Annual report of the Bengal Veterinary College and of the Civil Veterinary Department, Bengal, for the year 1917-18 - 1917-1918
Year: 1917
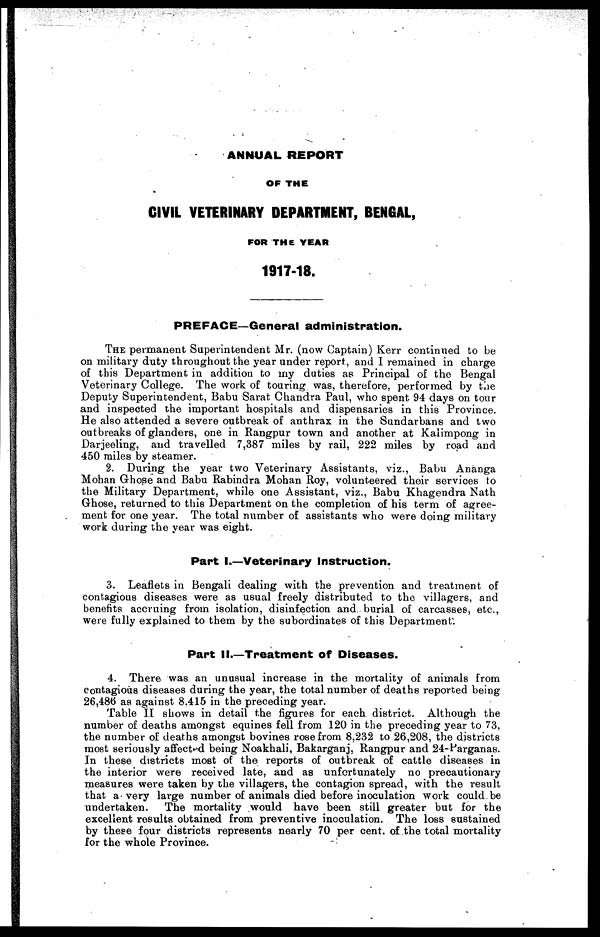
ANNUAL REPORT
OF THE
CIVIL VETERINARY DEPARTMENT, BENGAL,
FOR THE YEAR
1917-18.
PREFACE—General administration.
THE permanent Superintendent Mr. (now Captain) Kerr continued to be
on military duty throughout the year under report, and I remained in charge
of this Department in addition to my duties as Principal of the Bengal
Veterinary College. The work of touring was, therefore, performed by the
Deputy Superintendent, Babu Sarat Chandra Paul, who spent 94 days on tour
and inspected the important hospitals and dispensaries in this Province.
He also attended a severe outbreak of anthrax in the Sundarbans and two
out reaks of glanders, one in Rangpur town and another at Kalimpong in
Darjeeling, and travelled 7,387 miles by rail, 222 miles by road and
450 miles by steamer.
2. During the year two Veterinary Assistants, viz., Babu Ananga
Mohan Ghose and Babu Rabindra Mohan Roy, volunteered their services to
the Military Department, while one Assistant, viz., Babu Khagendra Nath
Ghose, returned to this Department on the completion of his term of agree-
ment for one year. The total number of assistants who were doing military
work during the year was eight.
Part I.—Veterinary Instruction.
3. Leaflets in Bengali dealing with the prevention and treatment of
contagious diseases were as usual freely distributed to the villagers, and
benefits accruing from isolation, disinfection and. burial of carcasses, etc.,
were fully explained to them by the subordinates of this Department.
Part II.—Treatment of Diseases.
4. There was an unusual increase in the mortality of animals from
contagious diseases during the year, the total number of deaths reported being
26,486 as against 8,415 in the preceding year.
Table II shows in detail the figures for each district. Although the
number of deaths amongst equines fell from 120 in the preceding year to 73,
the number of deaths amongst bovines rose from 8,232 to 26,208, the districts
most seriously affected being Noakhali, Bakarganj, Rangpur and 24-Parganas.
In these districts most of the reports of outbreak of cattle diseases in
the interior were received late, and as unfortunately no precautionary
measures were taken by the villagers, the contagion spread, with the result
that a very large number of animals died before inoculation work could be
undertaken. The mortality would have been still greater but for the
excellent results obtained from preventive inoculation. The loss sustained
by these four districts represents nearly 70 per cent. of the total mortality
for the whole Province.